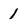
Character: 1